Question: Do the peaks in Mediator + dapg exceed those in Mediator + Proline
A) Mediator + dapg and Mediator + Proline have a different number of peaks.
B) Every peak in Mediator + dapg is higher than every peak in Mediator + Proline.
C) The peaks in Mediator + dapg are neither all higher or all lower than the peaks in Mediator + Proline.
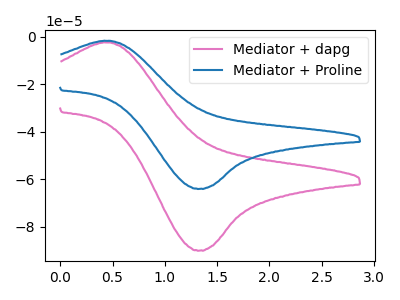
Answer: <think>The pink curve "Mediator + dapg" has an anodic peak at (0.50V, -2.35uA) and a cathodic peak at (1.35V, -89.90uA). The blue curve "Mediator + Proline" has an anodic peak at (0.50V, -1.70uA) and a cathodic peak at (1.35V, -63.95uA).</think>
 <answer>C) The peaks in "Mediator + dapg" are neither all higher or all lower than the peaks in "Mediator + Proline".</answer>
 <eval>C</eval>